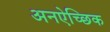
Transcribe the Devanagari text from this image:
अनऐच्छिक